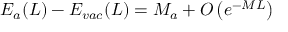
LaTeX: E _ { a } ( L ) - E _ { v a c } ( L ) = M _ { a } + O \left( e ^ { - M L } \right)